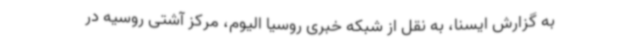
به گزارش ایسنا، به نقل از شبکه خبری روسیا الیوم، مرکز آشتی روسیه در